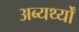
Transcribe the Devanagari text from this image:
अब्यर्थ्यों